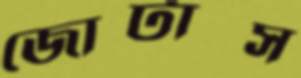
জোটাস